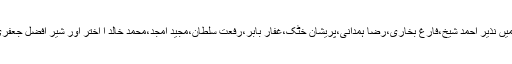
ان ادبی تقریبات میں نذیر احمد شیخ،فارغ بخاری،رضا ہمدانی،پریشان خٹک،غفار بابر،رفعت سلطان،مجید امجد،محمد خالد ا اختر اور شیر افضل جعفری شرکت کرتے۔